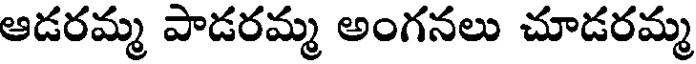
ఆడరమ్మ పాడరమ్మ అంగనలు చూడరమ్మ